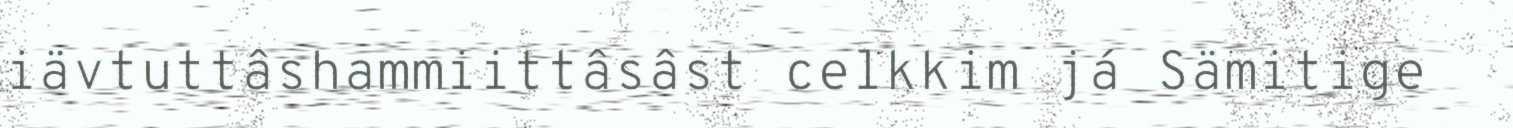
iävtuttâshammiittâsâst celkkim já Sämitige